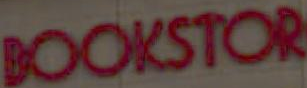
BOOKSTOR